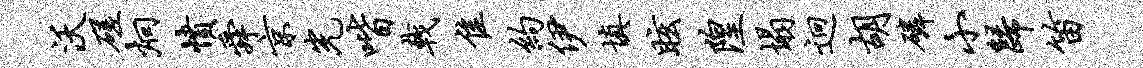
沃磋炯愤舜京光喈戟隹约伊填眩隍塌迥胡磷小归笛